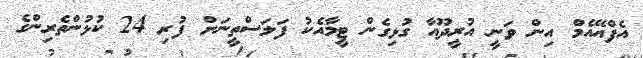
އެފްއޭއެމް އިން ވަނީ އުރީދޫއާ ގުޅިގެން ޓީމާއެކު ފަލަސްތީނަށް ފުރި 24 ކުޅުންތެރިންގެ